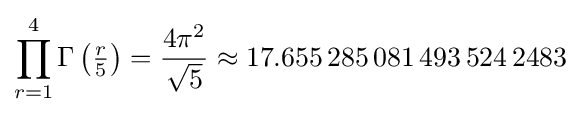
\prod _{r=1}^{4}\Gamma \left({\tfrac {r}{5}}\right)={\frac {4\pi ^{2}}{\sqrt {5}}}\approx 17.655\,285\,081\,493\,524\,2483